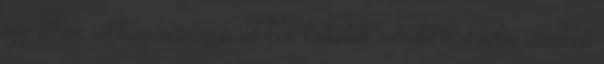
igy lenne, akkor nem epp akkor talalok rendetlenkedni, amikor